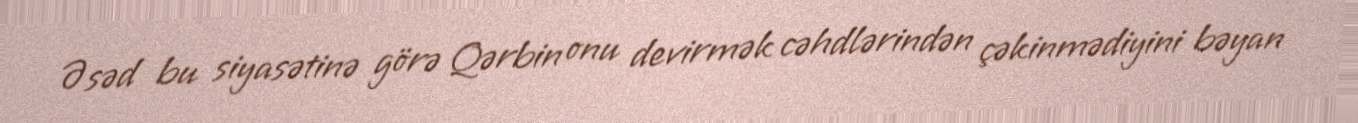
Əsəd bu siyasətinə görə Qərbin onu devirmək cəhdlərindən çəkinmədiyini bəyan